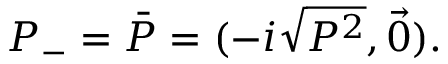
P _ { - } = \bar { P } = ( - i \sqrt { P ^ { 2 } } , \vec { 0 } ) .